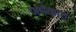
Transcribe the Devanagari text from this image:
जमैकात